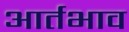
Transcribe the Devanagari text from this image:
आर्तभाव